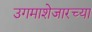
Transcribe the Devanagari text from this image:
उगमाशेजारच्या